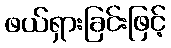
ဖယ်ရှားခြင်းဖြင့်